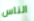
الناس